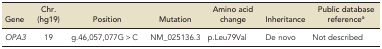
<table><thead><tr><td><b>Gene</b></td><td><b>Chr. (hg19)</b></td><td><b>Position</b></td><td><b>Mutation</b></td><td><b>Amino acid change</b></td><td><b>Inheritance</b></td><td><b>Public database reference<sup>a</sup></b></td></tr></thead><tbody><tr><td><i>OPA3</i></td><td>19</td><td>g.46,057,077G &gt; C</td><td>NM_025136.3</td><td>p.Leu79Val</td><td>De novo</td><td>Not described</td></tr></tbody></table>